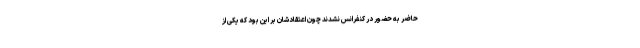
حاضر به حضور در کنفرانس نشدند چون اعتقادشان بر این بود که یکی از